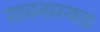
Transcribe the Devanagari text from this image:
साधनास्थळ